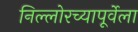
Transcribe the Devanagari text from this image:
निल्लोरच्यापूर्वेला